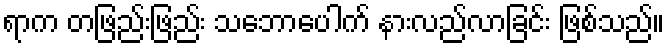
ရာက တဖြည်းဖြည်း သဘောပေါက် နားလည်လာခြင်း ဖြစ်သည်။